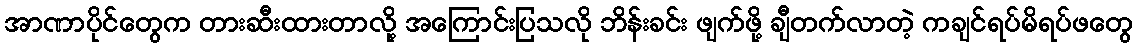
အာဏာပိုင်တွေက တားဆီးထားတာလို့ အကြောင်းပြသလို ဘိန်းခင်း ဖျက်ဖို့ ချီတက်လာတဲ့ ကချင်ရပ်မိရပ်ဖတွေ